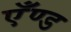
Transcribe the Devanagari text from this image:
एँण्ड